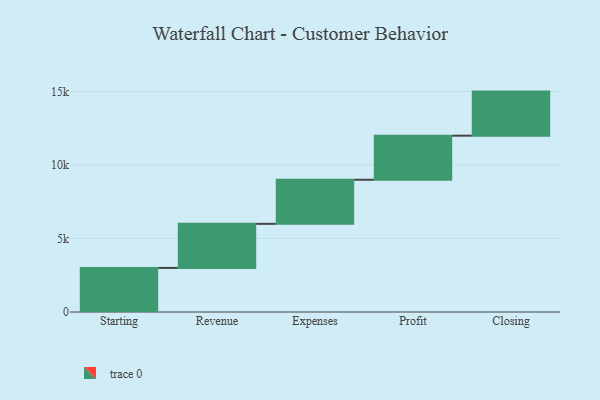
{"axis": {"x": "Step", "y": "Value"}, "legend": [""], "data": [{"x": "Starting", "y": 3000, "type": ""}, {"x": "Revenue", "y": 3000, "type": ""}, {"x": "Expenses", "y": 3000, "type": ""}, {"x": "Profit", "y": 3000, "type": ""}, {"x": "Closing", "y": 3000, "type": ""}]}